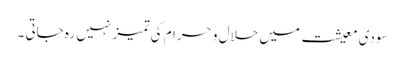
سودی معیشت میں حلال و حرام کی تمیز نہیں رہ جاتی ۔